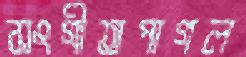
সংগীতপাগল